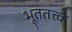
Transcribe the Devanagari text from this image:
भूततत्त्व